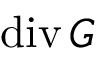
\mathrm { d i v } \, G